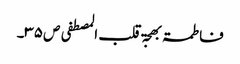
فاطمۃ بھجۃ قلب المصطفی ص ۳۵۔